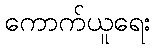
ကောက်ယူရေး